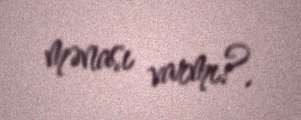
mənası varmı?.